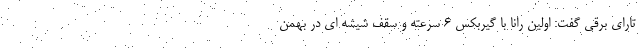
تارای برقی گفت: اولین رانا با گیربكس 6 سرعته و سقف شیشه ای در بهمن